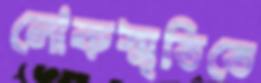
লোকস্মৃতিতে